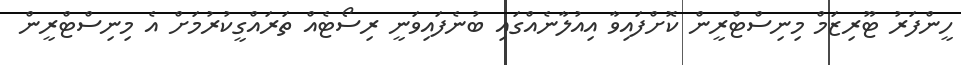
ހީންފަރު ޓޫރިޒަމް މިނިސްޓްރީން ކޮށްފައިވާ އިއުލާނެއްގައި ބުނެފައިވަނީ ރިސޯޓެއް ތަރައްގީކުރުމަށް އެ މިނިސްޓްރީން